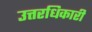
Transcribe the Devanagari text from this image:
उत्तरधिकारी